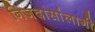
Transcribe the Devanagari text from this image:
निजदासांलागी